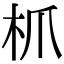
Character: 枛